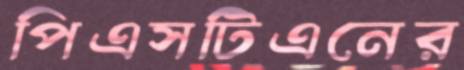
পিএসটিএনের